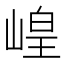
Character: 崲